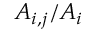
A _ { i , j } / A _ { i }